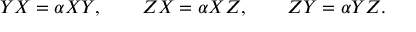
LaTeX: Y X = \alpha X Y , \qquad Z X = \alpha X Z , \qquad Z Y = \alpha Y Z .